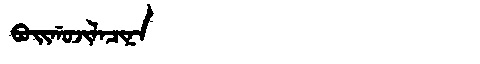
Manchu: ᠪᠣᡳᡤᠣᠵᡳᠯᠠᠴᡳᠨᠠ
Romanization: BOIGOJILACINA